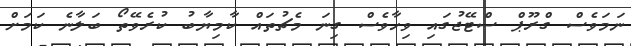
ނަމަވެސް ގްރޫޕް ސްޓޭޖުގައި ވިހާވެސް ގިނަ މެޗުތައް ކާމިޔާބު ކުރެވޭތޯ ބަލާނެ ކަމަށް